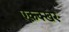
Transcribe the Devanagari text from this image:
एकक्खर